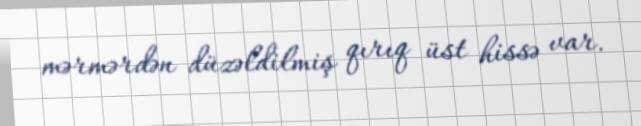
mərmərdən düzəldilmiş qırıq üst hissə var.